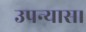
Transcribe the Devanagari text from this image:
उपन्‍यास।